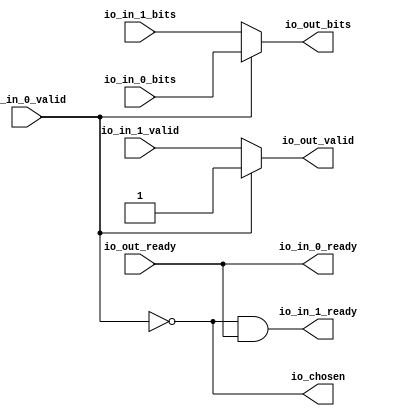
// This program was cloned from: https://github.com/NYU-MLDA/OpenABC
// License: BSD 3-Clause "New" or "Revised" License

module Arbiter_9
(
  io_in_1_ready,
  io_in_1_valid,
  io_in_1_bits,
  io_in_0_ready,
  io_in_0_valid,
  io_in_0_bits,
  io_out_ready,
  io_out_valid,
  io_out_bits,
  io_chosen
);

  input io_in_1_valid;
  input io_in_1_bits;
  input io_in_0_valid;
  input io_in_0_bits;
  input io_out_ready;
  output io_in_1_ready;
  output io_in_0_ready;
  output io_out_valid;
  output io_out_bits;
  output io_chosen;
  wire io_in_1_ready,io_in_0_ready,io_out_valid,io_out_bits,io_chosen,N0,N1,
  io_out_ready,T4;
  assign io_in_0_ready = io_out_ready;
  assign io_chosen = ~io_in_0_valid;
  assign io_out_bits = (N0)? io_in_1_bits : 
                       (N1)? io_in_0_bits : 1'b0;
  assign N0 = io_chosen;
  assign N1 = io_in_0_valid;
  assign io_out_valid = (N0)? io_in_1_valid : 
                        (N1)? io_in_0_valid : 1'b0;
  assign io_in_1_ready = T4 & io_out_ready;
  assign T4 = ~io_in_0_valid;

endmodule